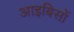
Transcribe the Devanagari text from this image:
आइबिसों